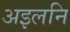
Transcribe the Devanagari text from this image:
अइलनि